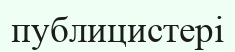
публицистері